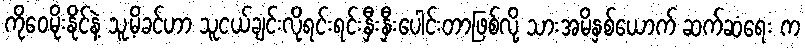
ကိုဝေမိုးနိုင်နဲ့ သူ့မိခင်ဟာ သူငယ်ချင်းလိုရင်းရင်းနှီးနှီးပေါင်းတာဖြစ်လို့ သားအမိနှစ်ယောက် ဆက်ဆံရေး က